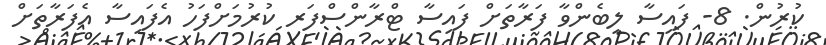
ކުރުން. 8- ފައިސާ ލިބެންވާ ފަރާތަށް ފައިސާ ޓްރާންސްފަރ ކުރުމަށްފަހު އެފައިސާ އެފަރާތަށް